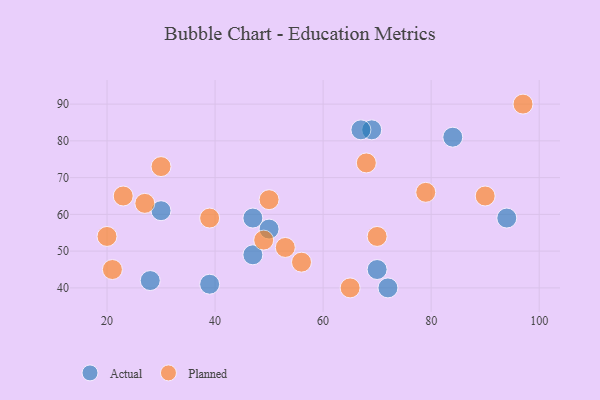
{"axis": {"x": "GDP", "y": "Life Expectancy"}, "legend": ["Actual", "Planned"], "data": [{"x": "39", "y": 41, "type": "Actual"}, {"x": "72", "y": 40, "type": "Actual"}, {"x": "47", "y": 59, "type": "Actual"}, {"x": "28", "y": 42, "type": "Actual"}, {"x": "30", "y": 61, "type": "Actual"}, {"x": "69", "y": 83, "type": "Actual"}, {"x": "84", "y": 81, "type": "Actual"}, {"x": "50", "y": 56, "type": "Actual"}, {"x": "47", "y": 49, "type": "Actual"}, {"x": "67", "y": 83, "type": "Actual"}, {"x": "70", "y": 45, "type": "Actual"}, {"x": "94", "y": 59, "type": "Actual"}, {"x": "68", "y": 74, "type": "Planned"}, {"x": "27", "y": 63, "type": "Planned"}, {"x": "39", "y": 59, "type": "Planned"}, {"x": "23", "y": 65, "type": "Planned"}, {"x": "97", "y": 90, "type": "Planned"}, {"x": "49", "y": 53, "type": "Planned"}, {"x": "50", "y": 64, "type": "Planned"}, {"x": "79", "y": 66, "type": "Planned"}, {"x": "70", "y": 54, "type": "Planned"}, {"x": "21", "y": 45, "type": "Planned"}, {"x": "56", "y": 47, "type": "Planned"}, {"x": "53", "y": 51, "type": "Planned"}, {"x": "90", "y": 65, "type": "Planned"}, {"x": "30", "y": 73, "type": "Planned"}, {"x": "20", "y": 54, "type": "Planned"}, {"x": "65", "y": 40, "type": "Planned"}]}